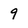
Character: 9